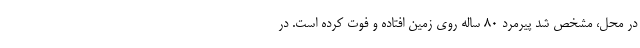
در محل، مشخص شد پیرمرد ۸۰ ساله روی زمین افتاده و فوت کرده است. در